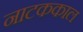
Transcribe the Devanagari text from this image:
नाटककाल